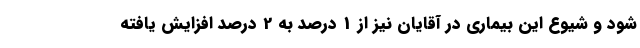
شود و شیوع این بیماری در آقایان نیز از 1 درصد به 2 درصد افزایش یافته